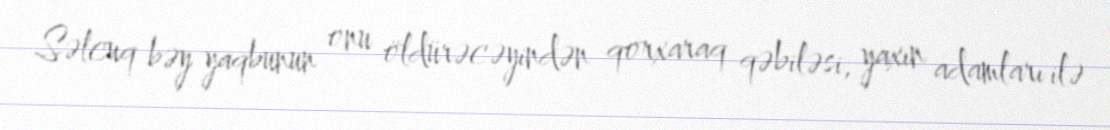
Səlcuq bəy yaqbunun onu öldürəcəyindən qorxaraq qəbiləsi, yaxın adamları ilə